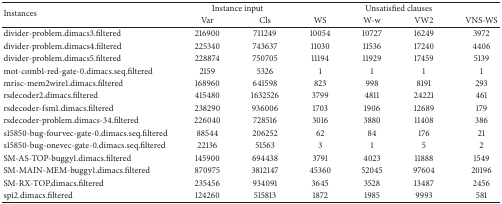
<table><thead><tr><td rowspan="2"><b>Instances</b></td><td colspan="2"><b> Instance input </b></td><td colspan="4"><b>Unsatisfied clauses </b></td></tr><tr><td><b>Var</b></td><td><b>Cls</b></td><td><b>WS</b></td><td><b>W-w </b></td><td><b>VW2 </b></td><td><b>VNS-WS </b></td></tr></thead><tbody><tr><td> divider-problem.dimacs3.filtered </td><td>216900 </td><td> 711249 </td><td> 10054 </td><td> 10727 </td><td> 16249 </td><td> 3972 </td></tr><tr><td>divider-problem.dimacs4.filtered </td><td> 225340 </td><td> 743637 </td><td> 11030 </td><td> 11536 </td><td> 17240 </td><td> 4406 </td></tr><tr><td>divider-problem.dimacs5.filtered </td><td>228874 </td><td> 750705 </td><td> 11194 </td><td> 11929 </td><td> 17459 </td><td> 5139 </td></tr><tr><td>mot-comb1-red-gate-0.dimacs.seq.filtered </td><td>2159 </td><td> 5326 </td><td> 1 </td><td> 1 </td><td> 1 </td><td> 1 </td></tr><tr><td>mrisc-mem2wire1.dimacs.filtered</td><td>168960 </td><td> 641598 </td><td> 823 </td><td> 998 </td><td> 8191 </td><td> 293 </td></tr><tr><td>rsdecoder2.dimacs.filtered </td><td> 415480 </td><td> 1632526 </td><td> 3799 </td><td> 4811 </td><td> 24221 </td><td> 461 </td></tr><tr><td>rsdecoder-fsm1.dimacs.filtered </td><td>238290 </td><td> 936006 </td><td> 1703 </td><td> 1906 </td><td> 12689 </td><td> 179 </td></tr><tr><td>rsdecoder-problem.dimacs-34.filtered</td><td> 226040 </td><td> 728516 </td><td> 3016 </td><td> 3880 </td><td> 11408 </td><td> 386 </td></tr><tr><td>s15850-bug-fourvec-gate-0.dimacs.seq.filtered </td><td> 88544 </td><td> 206252 </td><td> 62 </td><td> 84 </td><td> 176 </td><td> 21 </td></tr><tr><td>s15850-bug-onevec-gate-0.dimacs.seq.filtered </td><td>22136 </td><td> 51563 </td><td> 3 </td><td> 1 </td><td> 5 </td><td> 2 </td></tr><tr><td>SM-AS-TOP-buggy1.dimacs.filtered </td><td>145900 </td><td> 694438 </td><td> 3791 </td><td> 4023 </td><td> 11888 </td><td> 1549 </td></tr><tr><td>SM-MAIN-MEM-buggy1.dimacs.filtered </td><td> 870975 </td><td> 3812147 </td><td> 45360 </td><td> 52045 </td><td> 97604 </td><td> 20196 </td></tr><tr><td>SM-RX-TOP.dimacs.filtered </td><td> 235456 </td><td> 934091 </td><td> 3645 </td><td> 3528 </td><td> 13487 </td><td> 2456 </td></tr><tr><td>spi2.dimacs.filtered </td><td> 124260 </td><td> 515813 </td><td> 1872 </td><td> 1985 </td><td> 9993 </td><td> 581 </td></tr></tbody></table>